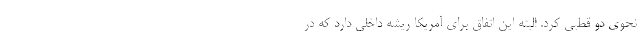
نحوی دو قطبی کرد. البته این اتفاق برای آمریکا ریشه داخلی دارد که در